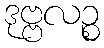
ဒုဗ္ဗလဉ္စ